Vaccination Hyderabad 1890-1903 - 1890-1903
Year: 1890
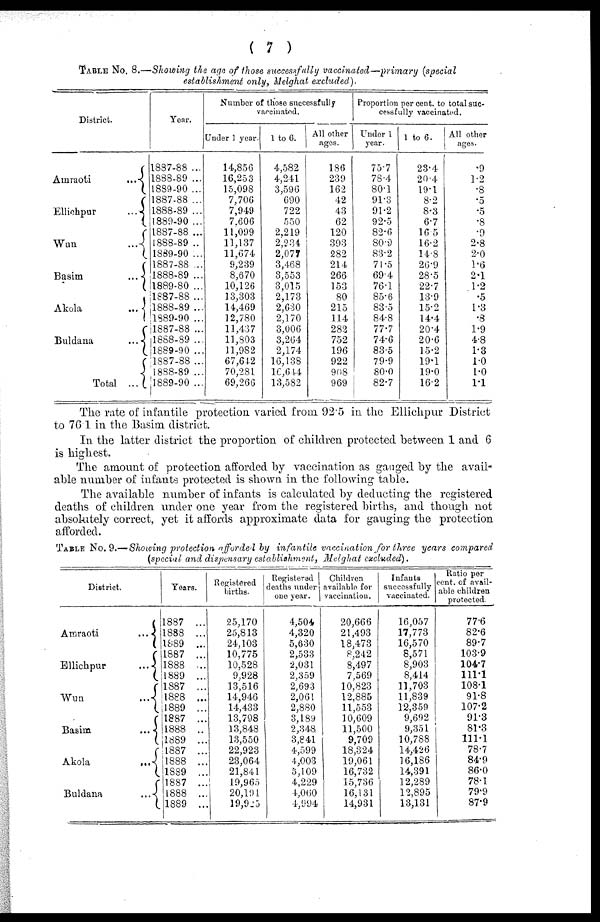
( 7 )
TABLE No. 8.—Showing the age of those successfully vaccinated—primary (special
establishment only, Melghat excluded).
District.
Amraoti
...
Ellichpur
...
Wun
...
Basim
...
Akola
...
Buldana
...
Total ...
Year.
1887-88 ...
1888-89 ...
1889-90 ...
1887-88 ...
1888-89 ...
1889-90 ...
1887-88 ...
1888-89 ..
1889-90 ...
1887-88 ...
1888-89 ...
1889-80 ...
1887-88 ...
1888-89 ...
1889-90 ...
1887-88 ...
1888-89 ...
1889-90 ...
1887-88 ...
1888-89 ...
1889-90 ...
Number of those successfully
vaccinated.
Under 1 year.
14,856
16,253
15,098
7,706
7,949
7,606
11,099
11,137
11,674
9,239
8,670
10,126
13,303
14,469
12,780
11,437
11,803
11,982
67,642
70,281
69,266
1 to 6.
4,582
4,241
3,596
690
722
550
2,219
2,234
2,077
3,468
3,553
3,015
2,173
2,630
2,170
3,006
3,264
2,174
16,138
16,644
13,582
All other
ages.
186
239
162
42
43
62
120
393
282
214
266
153
80
215
114
282
752
196
922
908
969
Proportion per cent. to total suc-
cessfully vaccinated.
Under 1
year.
75.7
78.4
80.1
91.3
91.2
92.5
82.6
80.9
83.2
71.5
69.4
76.1
85.6
83.5
84.8
77.7
74.6
83.5
79.9
80.0
82.7
1 to 6.
23.4
20.4
19.1
8.2
8.3
6.7
165
16.2
14.8
26.9
28.5
22.7
13.9
15.2
14.4
20.4
20.6
15.2
19.1
19.0
16.2
All other
ages.
.9
1.2
.8
.5
.5
.8
.9
2.8
2.0
1.6
2.1
1.2
.5
1.3
.8
1.9
4.8
1.3
1.0
1.0
1.1
The rate of infantile protection varied from 92.5 in the Ellichpur District
to 76.1 in the Basim district.
In the latter district the proportion of children protected between 1 and 6
is highest.
The amount of protection afforded by vaccination as gauged by the avail-
able number of infants protected is shown in the following table.
The available number of infants is calculated by deducting the registered
deaths of children under one year from the registered births, and though not
absolutely correct, yet it affords approximate data for gauging the protection
afforded.
TABLE No. 9.—Showing protection afforded by infantile vaccination for three years compared
(special and dispensary establishment, Melghat excluded).
District.
Amraoti
...
Ellichpur
...
Wun
...
Basim
...
Akola
...
Buldana
...
Years.
1887 ...
1888 ...
1889 ...
1887 ...
1888 ...
1889 ...
1887 ...
1888 ...
1889 ...
1887 ...
1888 ..
1889 ...
l887 ...
1888 ...
1889 ...
1887 ...
1888 ...
1889 ...
Registered
births.
25,170
25,813
24,103
10,775
10,528
9,928
13,516
14,946
14,433
13,798
13,848
13,550
22,923
23,064
21,841
19,965
20,191
19,925
Registered
deaths under
one year.
4,504
4,320
5,630
2,533
2,031
2,359
2,693
2,061
2,880
3,189
2,348
3,841
4,599
4,003
5,109
4,229
4,060
4,994
Children
available for
vaccination.
20,666
21,493
18,473
8,242
8,497
7,569
10,823
12,885
11,553
10,609
11,500
9,709
18,324
19,061
16,732
15,736
16,131
14,931
Infants
successfully
vaccinated.
16,057
17,773
16,570
8,571
8,903
8,414
11,703
11,839
12,359
9,692
9,351
10,788
14,426
16,186
14,391
12,289
12,895
13,131
Ratio per
cent. of avail-
able children
protected.
77.6
82.6
89.7
103.9
104.7
111.1
108.1
91.8
107.2
91.3
81.3
111.1
78.7
84.9
86.0
78.1
79.9
87.9